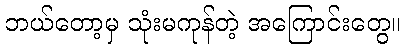
ဘယ်တော့မှ သုံးမကုန်တဲ့ အကြောင်းတွေ။